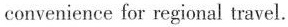
convenience for regional travel.